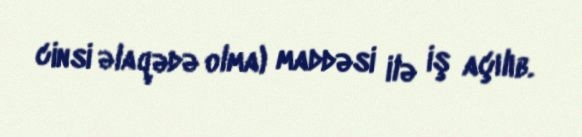
cinsi əlaqədə olma) maddəsi ilə iş açılıb.